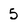
Character: 5